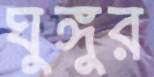
ঘুঙ্গুর